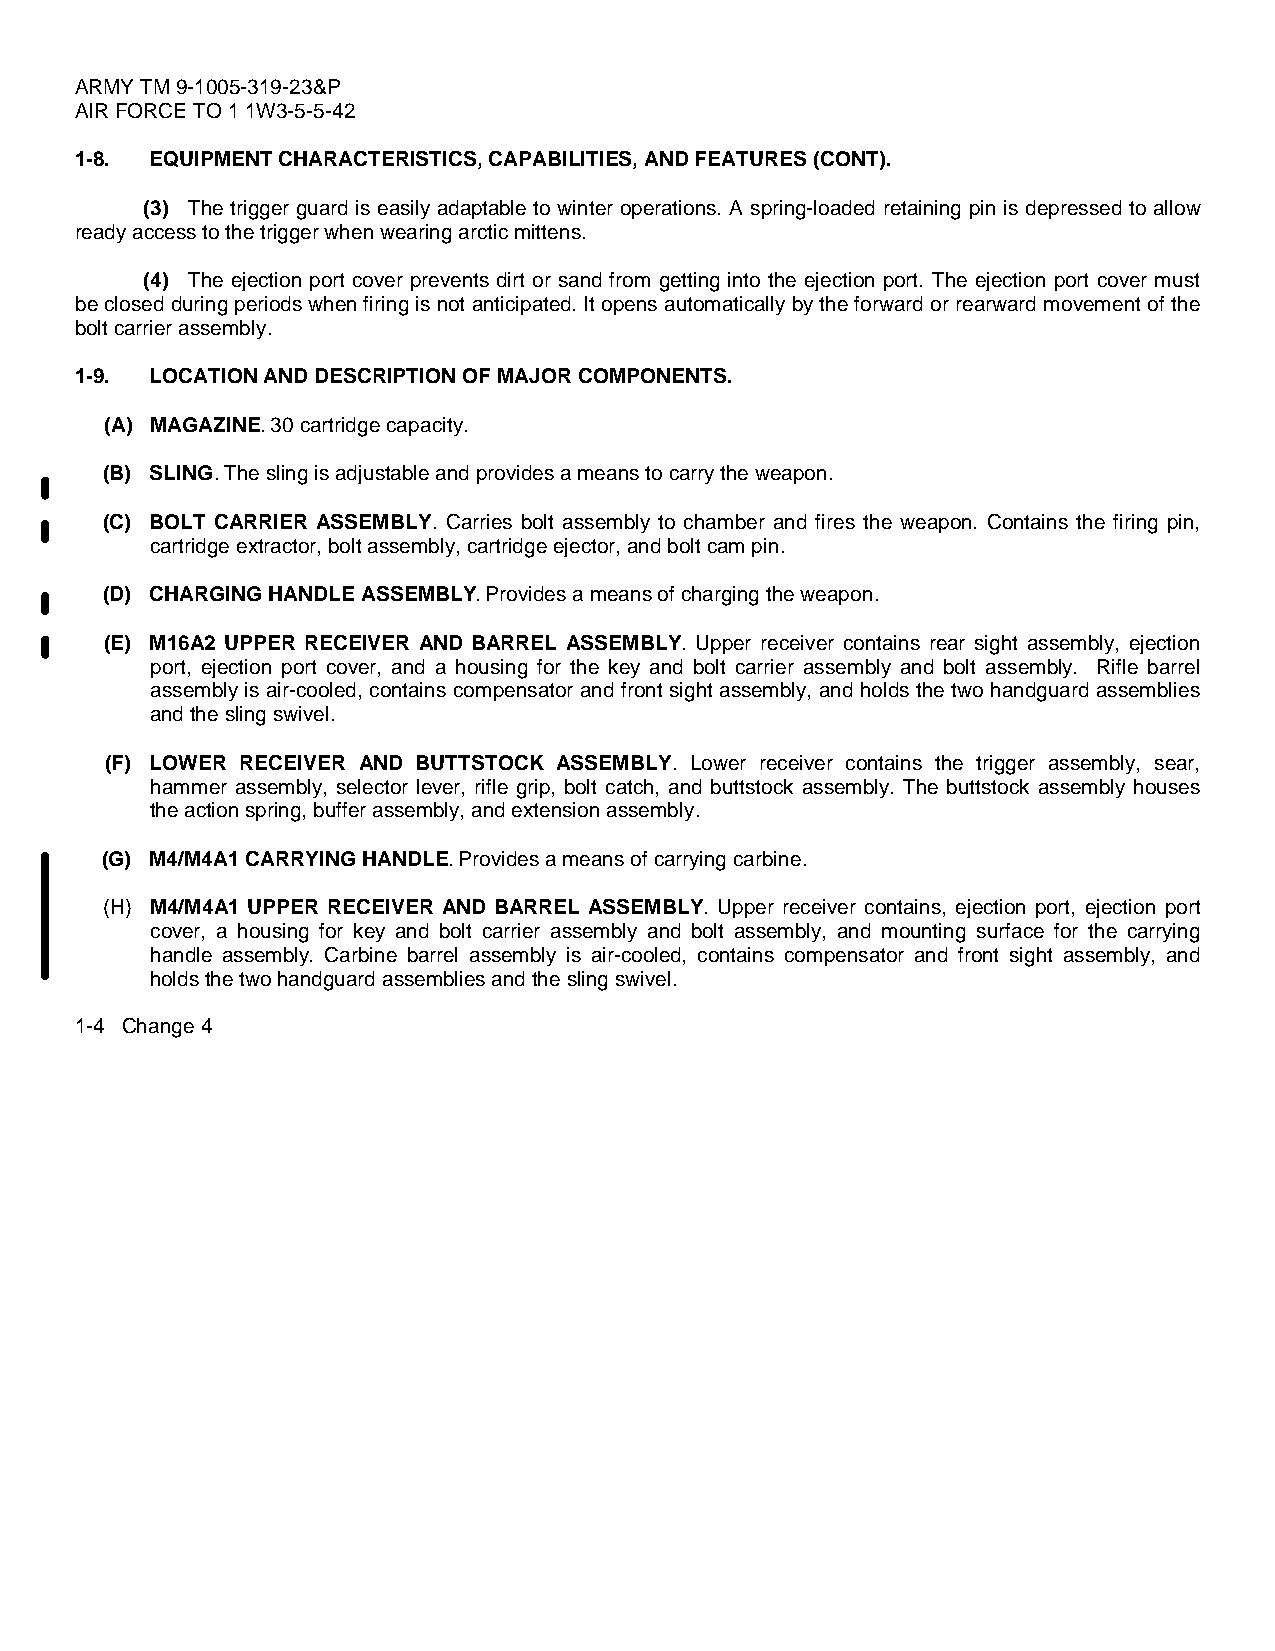
ARMY TM 9-1005-319-23&P
 AIR FORCE TO 1 1W3-5-5-42
 1-8. EQUIPMENT CHARACTERISTICS, CAPABILITIES, AND FEATURES (CONT).
 (3) The trigger guard is easily adaptable to winter operations. A spring-loaded retaining pin is depressed to allow
 ready access to the trigger when wearing arctic mittens.
 (4) The ejection port cover prevents dirt or sand from getting into the ejection port. The ejection port cover must
 be closed during periods when firing is not anticipated. It opens automatically by the forward or rearward movement of the
 bolt carrier assembly.
 1-9. LOCATION AND DESCRIPTION OF MAJOR COMPONENTS.
 (A) MAGAZINE. 30 cartridge capacity.
 (B) SLING. The sling is adjustable and provides a means to carry the weapon.
 (C) BOLT CARRIER ASSEMBLY. Carries bolt assembly to chamber and fires the weapon. Contains the firing pin,
 cartridge extractor, bolt assembly, cartridge ejector, and bolt cam pin.
 (D) CHARGING HANDLE ASSEMBLY. Provides a means of charging the weapon.
 (E) M16A2 UPPER RECEIVER AND BARREL ASSEMBLY. Upper receiver contains rear sight assembly, ejection
 port, ejection port cover, and a housing for the key and bolt carrier assembly and bolt assembly. Rifle barrel
 assembly is air-cooled, contains compensator and front sight assembly, and holds the two handguard assemblies
 and the sling swivel.
 (F) LOWER RECEIVER AND BUTTSTOCK ASSEMBLY. Lower receiver contains the trigger assembly, sear,
 hammer assembly, selector lever, rifle grip, bolt catch, and buttstock assembly. The buttstock assembly houses
 the action spring, buffer assembly, and extension assembly.
 (G) M4/M4A1 CARRYING HANDLE. Provides a means of carrying carbine.
 (H) M4/M4A1 UPPER RECEIVER AND BARREL ASSEMBLY. Upper receiver contains, ejection port, ejection port
 cover, a housing for key and bolt carrier assembly and bolt assembly, and mounting surface for the carrying
 handle assembly. Carbine barrel assembly is air-cooled, contains compensator and front sight assembly, and
 holds the two handguard assemblies and the sling swivel.
 1-4 Change 4